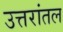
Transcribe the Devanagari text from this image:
उत्तरांतल